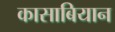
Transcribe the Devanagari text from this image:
कासाबियान